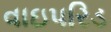
વાઇપરિડ